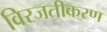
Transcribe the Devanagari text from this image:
विरजतीकरण